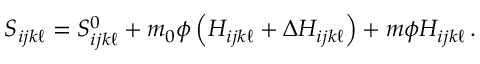
S _ { i j k \ell } = S _ { i j k \ell } ^ { 0 } + m _ { 0 } \phi \left( H _ { i j k \ell } + \Delta H _ { i j k \ell } \right) + m \phi H _ { i j k \ell } \, .